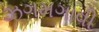
ઝગમગાવી